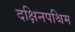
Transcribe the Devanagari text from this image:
दक्षिनपश्चिम